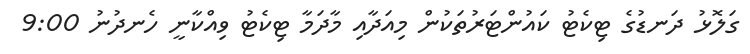
ގަލޮޅު ދަނޑުގެ ޓިކެޓު ކައުންޓަރުތަކުން މިއަދާއި މާދަމާ ޓިކެޓު ވިއްކާނީ ހެނދުނު 9:00